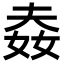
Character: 𡝉